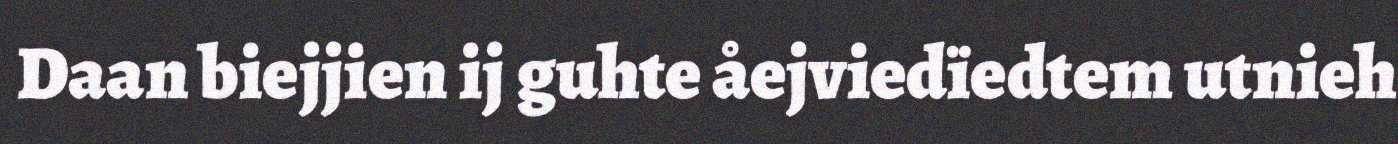
Daan biejjien ij guhte åejviedïedtem utnieh